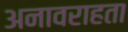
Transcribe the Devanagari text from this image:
अनावराहता